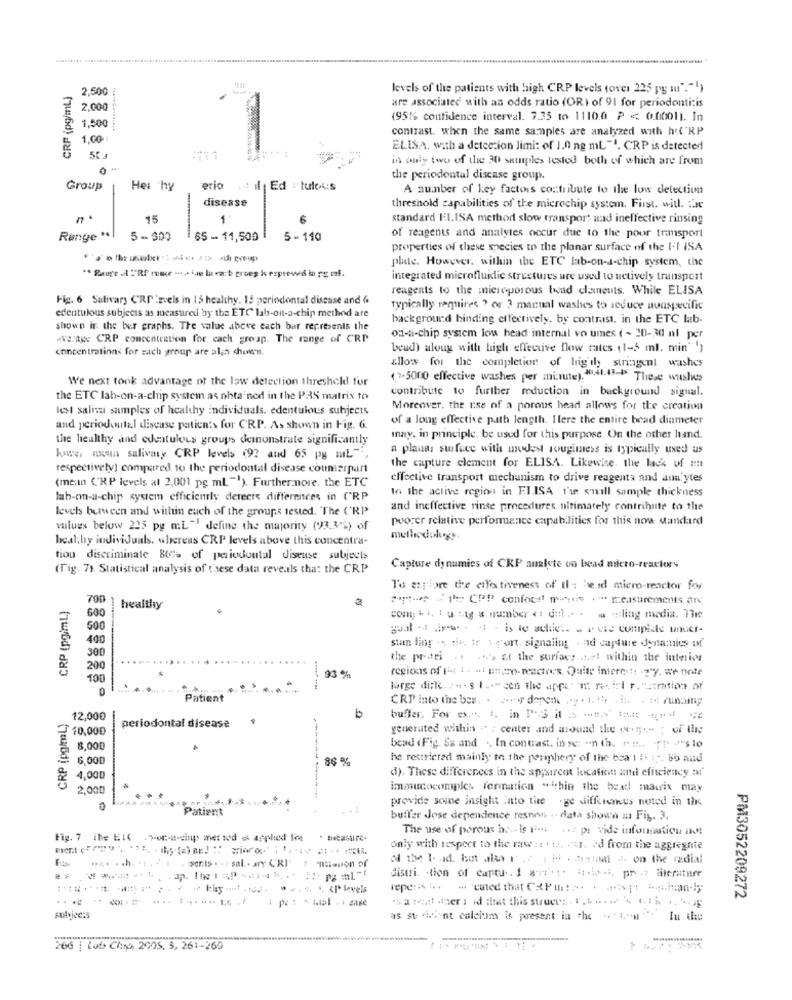
CRP (pg/ml)
2,500
levels of the patients with high CRP levels (over 225 pg m'."!)
are associated with an odds ratio (OR) of 91 for periodontitis
2,000
(951% confidence interval. 7.35 to 1110.0 P < 0.0001). In
1,500
contrast. when the same samples are analyzed with hul 'RP
1,00
ELISA, with a detection limi: of J.0 ng mL"". CRP is detected
in only two of the 30 sausples tested both of which are from
the periodontal disease group.
Group
Hei 'hy
erio
: il Ed : tulol:s
A number of key factors contribute to the low detection
disease
threshold capabilities of the microchip system. First. will. Te
15
1
standard El.ISA method slow transport and ineffective rinsing
Range ..
5-500
65 - 11,500 |
5-110
of reagents and analyles occur due to the poor transport
properties of these species to the planar surface of the FI ISA
plate. However, within the ETC lab-on-a-chip system, the
integrated microfluidic structures are used to actively transport
reagents to the microporous tond clameuts. While ELISA
Fig. 6 Salivary CRP'zvels in 15 healthy. 15 periodontal disease and 6
edentulous subjects as measured by the ETC lab-on-a-chip method are
typically requires ? or 3 manual washes to reduce nonspecific
background binding effectively, by contrast, in the ETC lab-
shown in the ber graphs. The value abeve each bar represents the
2.AK CRP concentration for cach group. The range of CRP
on-a-chip system low head internal vo umes ( - 20-30 nl per
concentrations for sach group are ala shown.
beud) along with high effective flow rates (1-5 ml. min" ')
allow for the completion of lig il stringent washes
We next took advantage of the law detection threshold for
(2.5000 effective washes per minute). 10.41.43- These wushes
contribute to further reduction in background signal.
the ETC lab-on-a-chip system as ohta'ned in the PRS matrix to
Iest saliva samples of healthy individuals. edentuious subjects
Moreover. the use of a porous head allows for the creation
of a long effective path length. Ilere the entire head diameter
and periodontal disease patients for CRP. As shown in Fig. G.
the healthy and edeatulous groups demonstrate significantly
inay, in principle. be used for this purpose. On the other hand.
a planas surface with modes rougimess is typically used us
kowe mow salivasy CRP levels (92 and 65 py miL ",
respectively] compared to the periodontal disease counterpart
the capture clement for ELISA. Likewise. the lack of an
(mein ("RP levels al 2,001 pg ml""). Furthermore, the ETC
effective transport mechanism to drive reagents and ann'ytes
In the active region in ELISA 1'we shall sample thickness
lab-cm-a-chip system efficiently derecre differences in ('RP
levels between and within each of the groups tested. "The C'RP
and ineffective rinse procedures ultimately contribute to the
poorer relative performance capabilities for this now standard
values below 225 py mL "' define the majority (93,3 %) of
heal;by individuals. whereas CRP levels above this concentra-
tiou discriminate 84% of periodontal Jiseuse subjects
(Fig. 79. Statistical analysis of these data reveals that the CRP
Capture dynamics of CRP analyte on bead micro-reactors
To explore the cife tiveness of' Il : heid micro-reactor for
CRP (pgimL)
700
o- 1 CPP confec ⑈- . measurements are
healthy
600
com . i. t u. tag a number <1 dufl .. . . - ling media. The
500
400
stan ling . die tr sport. signaling . ad capture dynamics of
300
the protei . . . "> at the surface .t.r! within the interior
200
regions of Fis i . - uso-reactors. Quite interes !: - 27. we note
100
93 %
0
large dine. . . . $ 1 ... sen the appe " n recicl r. "atmation of
Patient
CRP into the bes. . , deren .y. i .,, . i . i runbmp
CRP (pg/ml.)
12,000
buffer. For ex. :. in PS it & mis cast of
₹ 10,000
periodontal disease
generated within . : center and mound the w --- : er line
8,000
bead (Fig. Sx and .. In contrast. in se: "n th. " !.. "1 """$10
6,000
86 %
he restricted mainly to the periphery of the bea I ! :-. 86 and
d). These differences in the apparent location and efficiency :"
& 4,000
2.000
immunocomply formation ""thin the bead matrix may
provide some insight into tite . ge difficnus noted in the
Patient
buffer Jose dependence resnon, . data shown m Fig. 3.
The use of porous ha is i .. .. z pr vide information InM
Fig. 7 The Elf .Je-a-sinp met sod s applied fire
. measure-
only with respect to the raw : 1 . w .. . ty. ed from the aggregnie
.. 4. ... .....
: the I. d. but alla P .d . i .deund .. on the radial
sents . +2 sal. . ary C'RI' : mimiion of
distri. . tion of captu . 1 ani's :. it.o.s. pr .? literature
repe: t. - cated that Puh != . = = inian;
...
*haret aner : id inst this struer ... . .. ..... . .. ....
PM3052209272
as strident calcium is present in the ":" In the
266 | Lub Chno, 2005, 3, 261-260